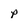
Character: p